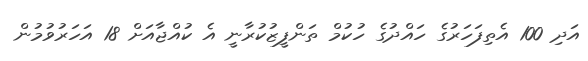
އަދި 100 އެތިފަހަރުގެ ހައްދުގެ ހުކުމް ތަންފީޒުކުރާނީ އެ ކުއްޖާއަށް 18 އަހަރުވުމުން